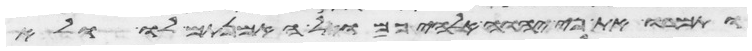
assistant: ותמרו את פי יהוה אלהיכם ולא האמנתם לו ולא